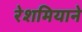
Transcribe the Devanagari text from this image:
रेशमियाने